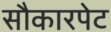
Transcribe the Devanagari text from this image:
सौकारपेट